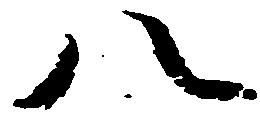
八